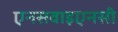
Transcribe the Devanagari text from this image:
एनसवाइएनसी